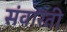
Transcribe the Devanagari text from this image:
संवारती